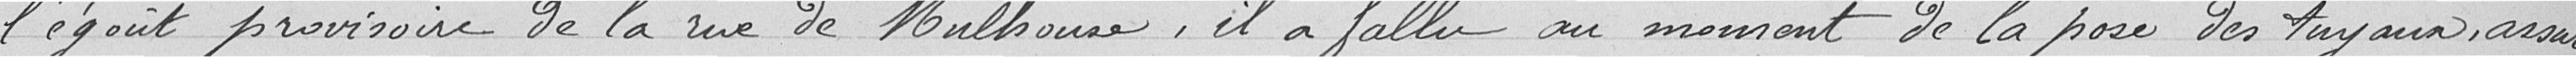
l'égout provisoire de la rue de Mulhouse, il a fallu au moment de la pose des tuyaux, assumée